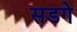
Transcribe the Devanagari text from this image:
सडगे